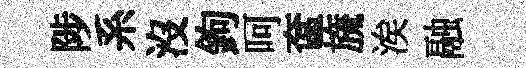
陟系沒鉤呵奩旒涘融